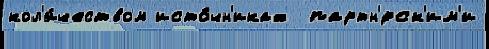
кол'и́чеством исто́чн'иках  партн'́рск'им'и